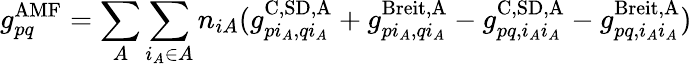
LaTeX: g_{pq}^{\mathrm{AMF}}=\sum_{A}\sum_{i_{A}\in A}n_{iA}(g_{pi_{A},qi_{A}}^{\mathrm{C,SD,A}}+g_{pi_{A},qi_{A}}^{\textrm{Breit,A}}-g_{pq,i_{A}i_{A}}^{\mathrm{C,SD,A}}-g_{pq,i_{A}i_{A}}^{\mathrm{Breit,A}})